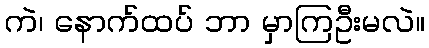
ကဲ၊ နောက်ထပ် ဘာ မှာကြဦးမလဲ။